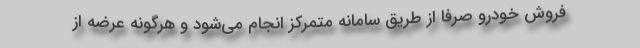
فروش خودرو صرفا از طریق سامانه متمرکز انجام می‌شود و هرگونه عرضه از